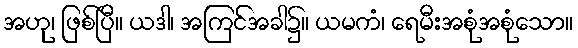
အဟု၊ ဖြစ်ပြီ။ ယဒါ၊ အကြင်အခါ၌။ ယမကံ၊ ရေမီးအစုံအစုံသော။